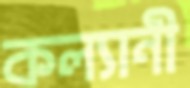
কল্যানী